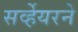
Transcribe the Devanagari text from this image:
सर्व्हेयरने